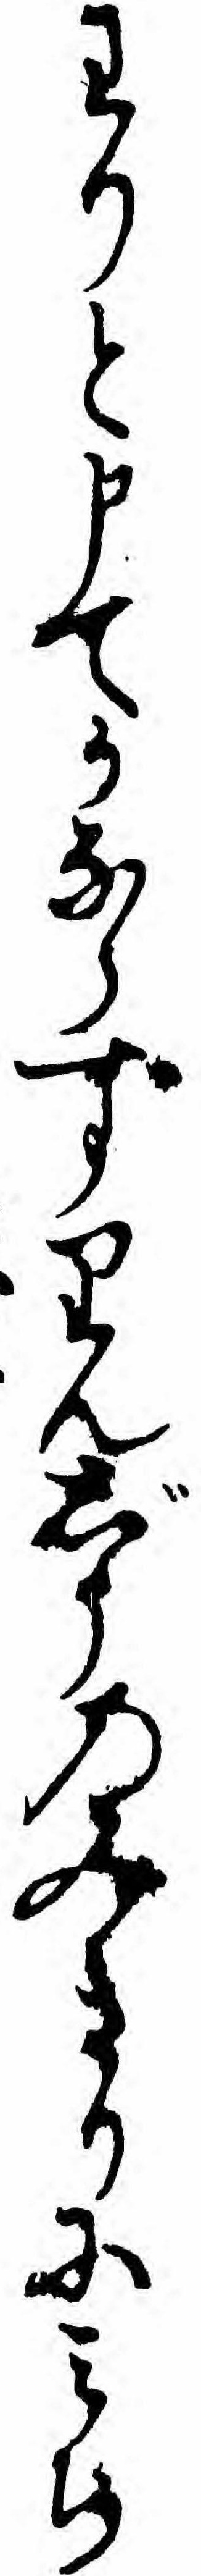
わりと申てかならずりんじうのみきりにミち